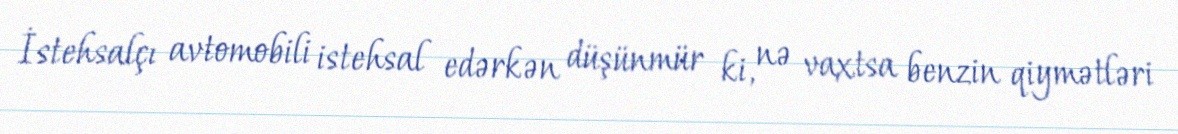
İstehsalçı avtomobili istehsal edərkən düşünmür ki, nə vaxtsa benzin qiymətləri